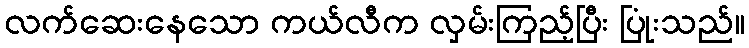
လက်ဆေးနေသော ကယ်လီက လှမ်းကြည့်ပြီး ပြုံးသည်။